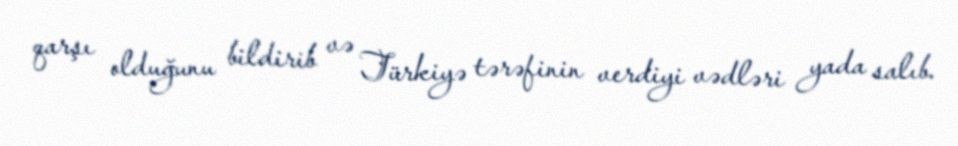
qarşı olduğunu bildirib və Türkiyə tərəfinin verdiyi vədləri yada salıb.